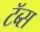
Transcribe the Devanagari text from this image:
टॅब्स